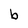
Character: b